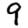
Digit: 9